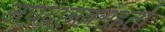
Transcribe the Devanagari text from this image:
अघदानवसंहर्ता